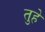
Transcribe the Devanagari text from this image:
तुहे